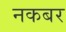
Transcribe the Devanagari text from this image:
नकबर